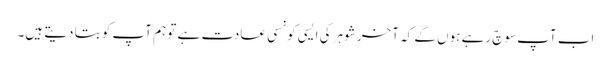
اب آپ سوچ رہے ہوں گے کہ آخر شوہر کی ایسی کونسی عادت ہے تو ہم آپ کو بتا دیتے ہیں۔